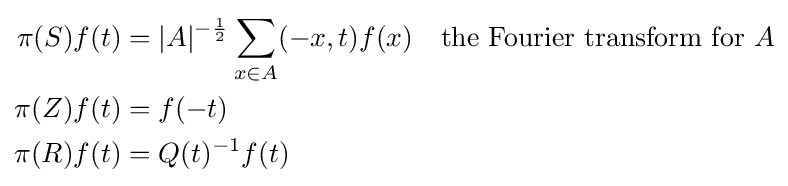
{\begin{aligned}\pi (S)f(t)&=|A|^{-{\frac {1}{2}}}\sum _{x\in A}(-x,t)f(x)&&{\text{the Fourier transform for }}A\\\pi (Z)f(t)&=f(-t)\\\pi (R)f(t)&=Q(t)^{-1}f(t)\\\end{aligned}}